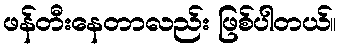
ဖန်တီးနေတာလည်း ဖြစ်ပါတယ်။